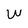
Character: W